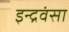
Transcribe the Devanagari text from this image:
इन्द्रवंसा